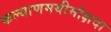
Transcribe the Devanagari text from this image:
कल्याणमयीमोक्षदा